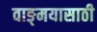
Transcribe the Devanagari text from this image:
वाङ्‌मयासाठी